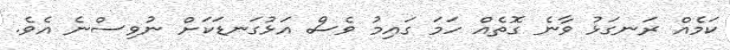
ކަމެއް ރަނގަޅު ވާނެ ގޮތެއް ހަމަ ގައިމު ވެސް އަޅުގަނޑަކަށް ނުވިސްނެ އެވެ.